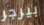
بيرجر